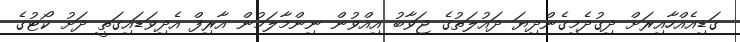
ގަޑިއެއްހާއިރަށް ދިގުދެމިގެންދިޔަ ދައުލަތުގެ ޖަވާބު އިއްވުން ނިންމާލަމުން އާރިފް އެދިވަޑައިގަތީ ދަށު ކޯޓުގެ